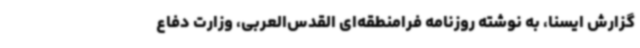
گزارش ایسنا، به نوشته روزنامه فرامنطقه‌ای القدس‌العربی، وزارت دفاع